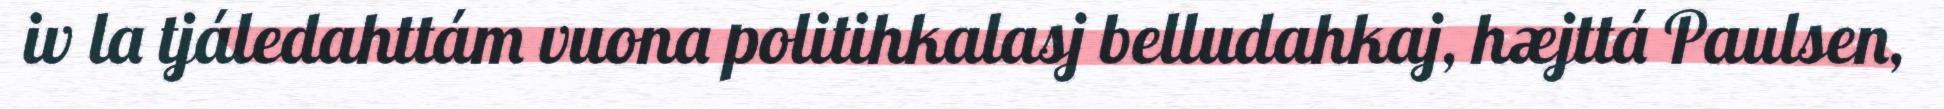
iv la tjáledahttám vuona politihkalasj belludahkaj, hæjttá Paulsen,